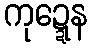
ကုဍ္ဍေန